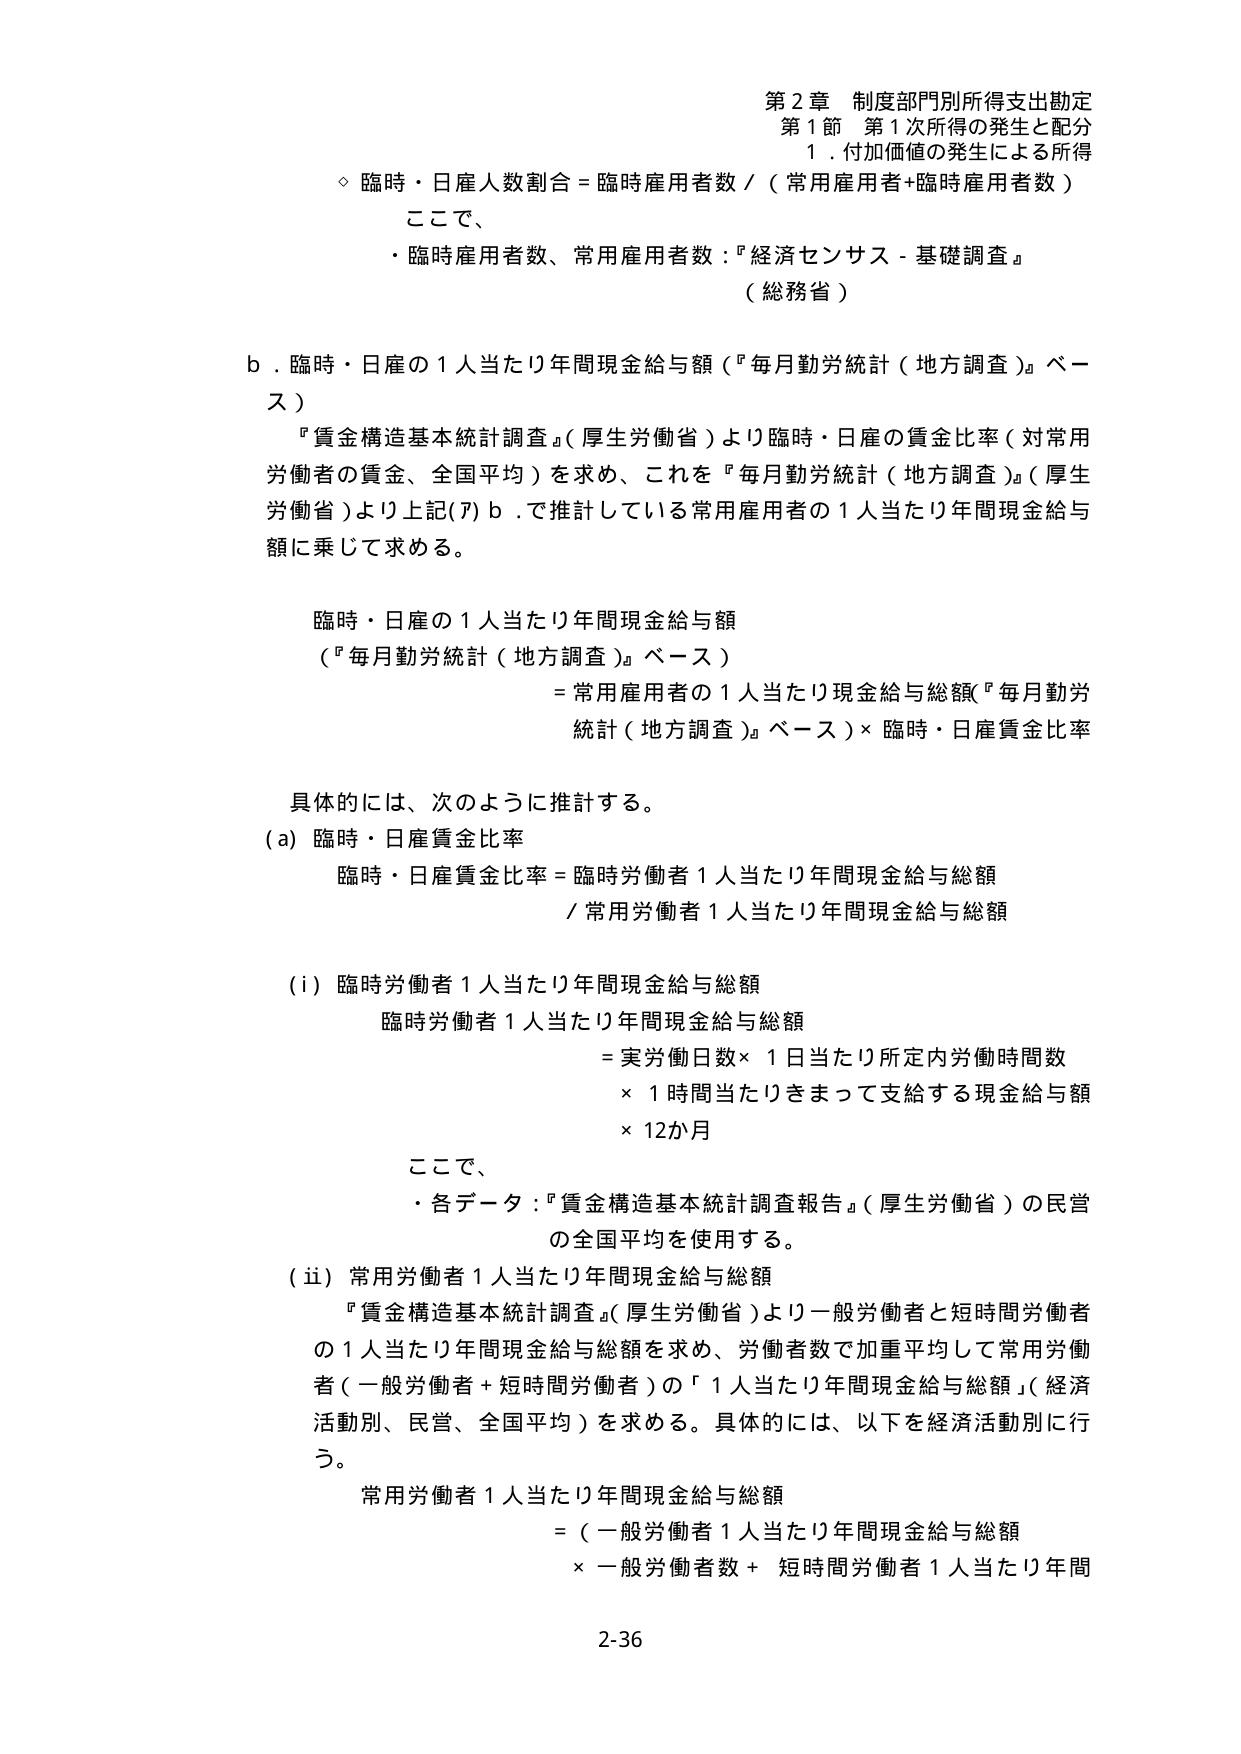
第２章 制度部門別所得支出勘定
第１節 第１次所得の発生と配分
１．付加価値の発生による所得

◇ 臨時・日雇人数割合 = 臨時雇用者数 / （常用雇用者+臨時雇用者数）

ここで、
・臨時雇用者数、常用雇用者数：『経済センサス - 基礎調査』
（総務省）

ｂ．臨時・日雇の１人当たり年間現金給与額（『毎月勤労統計（地方調査）』ベース）
『賃金構造基本統計調査』（厚生労働省）より臨時・日雇の賃金比率（対常用労働者の賃金、全国平均）を求め、これを『毎月勤労統計（地方調査）』（厚生労働省）より上記(7)ｂ．で推計している常用雇用者の１人当たり年間現金給与額に乗じて求める。

臨時・日雇の１人当たり年間現金給与額
（『毎月勤労統計（地方調査）』ベース）
= 常用雇用者の１人当たり現金給与総額（『毎月勤労統計（地方調査）』ベース）× 臨時・日雇賃金比率

具体的には、次のように推計する。
(a) 臨時・日雇賃金比率
臨時・日雇賃金比率 = 臨時労働者１人当たり年間現金給与総額
／ 常用労働者１人当たり年間現金給与総額

(i) 臨時労働者１人当たり年間現金給与総額
臨時労働者１人当たり年間現金給与総額
= 実労働日数 × １日当たり所定内労働時間数
× １時間当たりきまって支給する現金給与額
× 12か月

ここで、
・各データ：『賃金構造基本統計調査報告』（厚生労働省）の民営の全国平均を使用する。

(ii) 常用労働者１人当たり年間現金給与総額
『賃金構造基本統計調査』（厚生労働省）より一般労働者と短時間労働者の１人当たり年間現金給与総額を求め、労働者数で加重平均して常用労働者（一般労働者＋短時間労働者）の「１人当たり年間現金給与総額」（経済活動別、民営、全国平均）を求める。具体的には、以下を経済活動別に行う。

常用労働者１人当たり年間現金給与総額
= （一般労働者１人当たり年間現金給与総額
× 一般労働者数 + 短時間労働者１人当たり年間

2-36